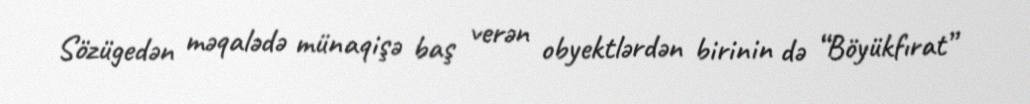
Sözügedən məqalədə münaqişə baş verən obyektlərdən birinin də “Böyükfırat”